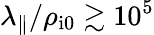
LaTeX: \lambda_{\parallel}/\rho_{\mathrm{i0}}\gtrsim 10^{5}